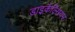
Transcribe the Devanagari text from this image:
डाइकैल्सियम